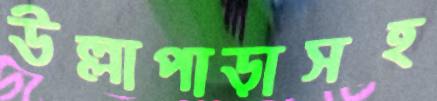
উল্লাপাড়াসহ